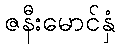
ဇနီးမောင်နှံ